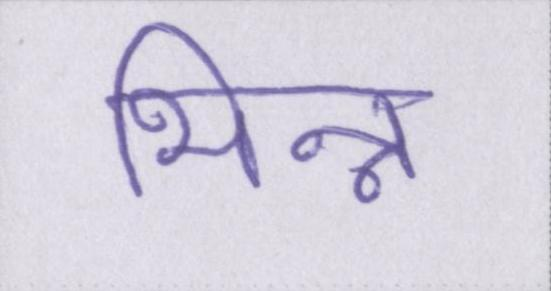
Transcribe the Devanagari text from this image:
भिन्न